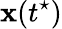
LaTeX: \mathbf{\boldsymbol{x}}(t^{\star})